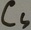
Text: CSµF